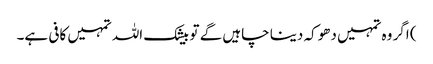
) اگر وہ تمہیں دھوکہ دینا چاہیں گے تو بیشک اللہ تمہیں کافی ہے۔